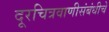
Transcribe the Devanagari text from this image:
दूरचित्रवाणीसंबंधीचे